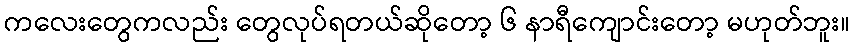
ကလေးတွေကလည်း တွေလုပ်ရတယ်ဆိုတော့ ၆ နာရီကျောင်းတော့ မဟုတ်ဘူး။